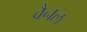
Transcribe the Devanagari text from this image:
वैनल